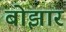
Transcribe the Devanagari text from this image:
बोझार